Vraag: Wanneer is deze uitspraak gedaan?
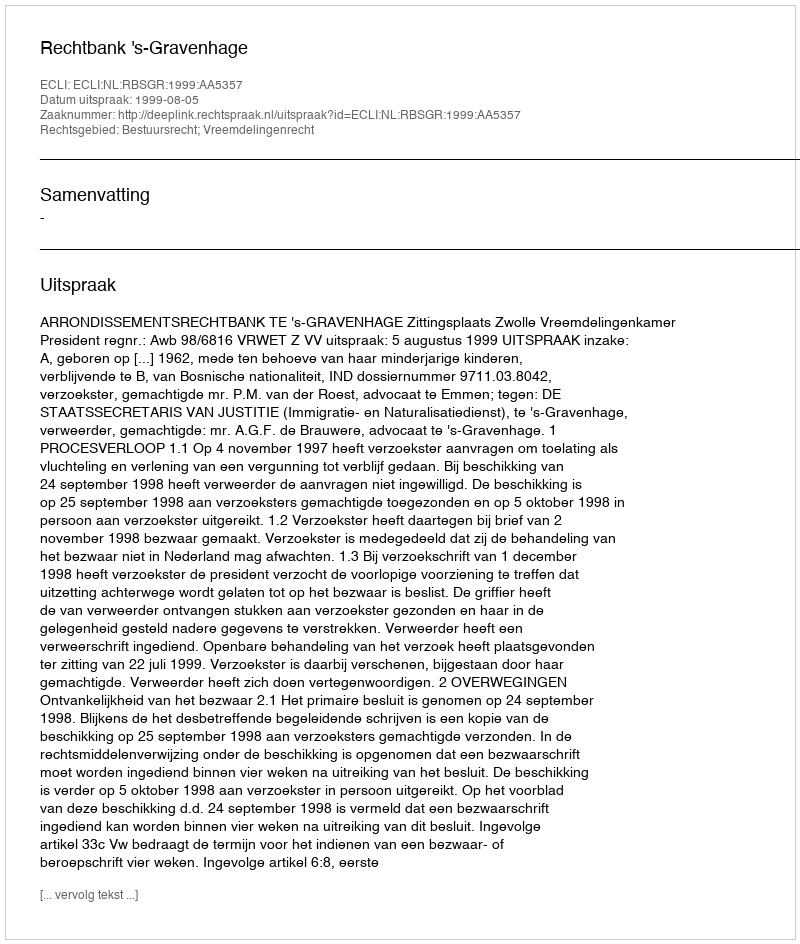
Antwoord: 1999-08-05